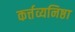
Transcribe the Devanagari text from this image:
कर्त्तव्यनिष्ठा